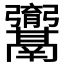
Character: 𮫚